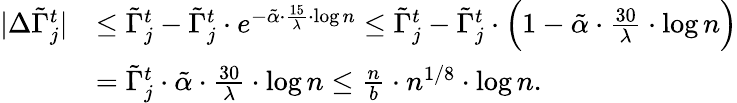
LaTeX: \begin{array}{rl}{|\Delta\tilde{\Gamma}_{j}^{t}|}&{\leq\tilde{\Gamma}_{j}^{t}-\tilde{\Gamma}_{j}^{t}\cdot e^{-\tilde{\alpha}\cdot\frac{15}{\lambda}\cdot\log n}\leq\tilde{\Gamma}_{j}^{t}-\tilde{\Gamma}_{j}^{t}\cdot\Big(1-\tilde{\alpha}\cdot\frac{30}{\lambda}\cdot\log n\Big)}\\ &{=\tilde{\Gamma}_{j}^{t}\cdot\tilde{\alpha}\cdot\frac{30}{\lambda}\cdot\log n\leq\frac{n}{b}\cdot n^{1/8}\cdot\log n.}\end{array}